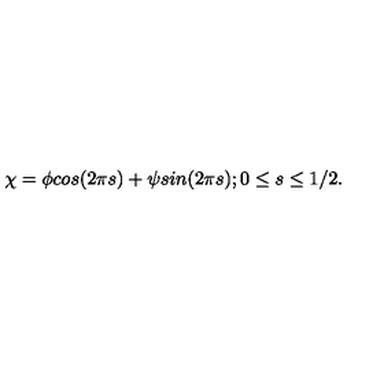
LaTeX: \chi = \phi c o s ( 2 \pi s ) + \psi s i n ( 2 \pi s ) ; 0 \leq s \leq 1 / 2 .